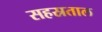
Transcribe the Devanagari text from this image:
सहस्रताल